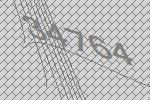
34764